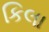
કિલા